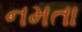
નમતા